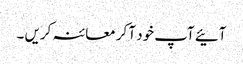
آئیے آپ خود آ کر معائنہ کریں ۔